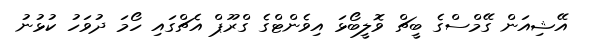
އޭޝިއަން ގޭމްސްގެ ބީޗް ވޮލީބޯޅަ އިވެންޓްގެ ގްރޫޕް އެޗްގައި ހޯމަ ދުވަހު ކުޅުނު